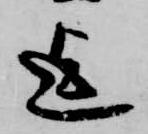
迄